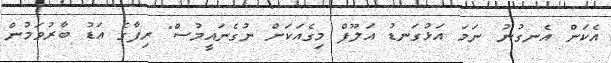
އެކަން އެނގުނު ނަމަ އަޅުގަނޑު އަލޫފް މިގެއަކަށް ނުގެނައީމުސް" ރިފާގެ އަޑު ބާރުވަމުން